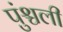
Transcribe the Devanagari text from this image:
पुंश्चली